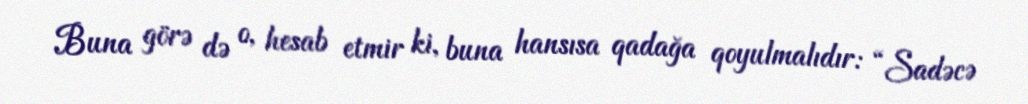
Buna görə də o, hesab etmir ki, buna hansısa qadağa qoyulmalıdır: “Sadəcə